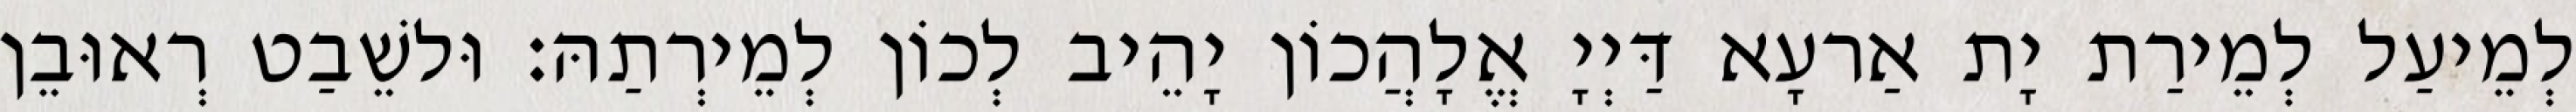
לְמֵיעַל לְמֵירַת יָת אַרעָא דַּיְיָ אֱלָהֲכוֹן יָהֵיב לְכוֹן לְמֵירְתַהּ׃ וּלשֵׁבַט רְאוּבֵן